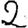
Digit: 2